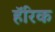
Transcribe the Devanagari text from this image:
हॅरिक